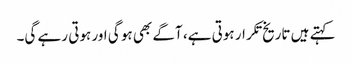
کہتے ہیں تاریخ تکرار ہوتی ہے، آگے بھی ہو گی اور ہوتی رہے گی۔